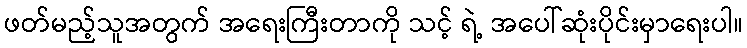
ဖတ်မည့်သူအတွက် အရေးကြီးတာကို သင့် ရဲ့ အပေါ်ဆုံးပိုင်းမှာရေးပါ။